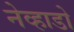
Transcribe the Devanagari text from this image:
नेव्हाडो